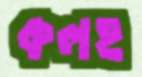
কলহ